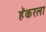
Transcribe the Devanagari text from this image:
हॅकरला